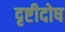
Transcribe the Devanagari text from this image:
दृष्टीदोष